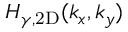
H _ { \gamma , \mathrm { 2 D } } ( k _ { x } , k _ { y } )